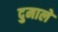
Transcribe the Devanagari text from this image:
दुमाले